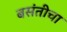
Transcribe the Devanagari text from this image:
बसंतीचा